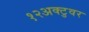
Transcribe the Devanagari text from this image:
१२अक्टुवर